Vaccination in Bombay 1924-1928 - 1924-1928
Year: 1924
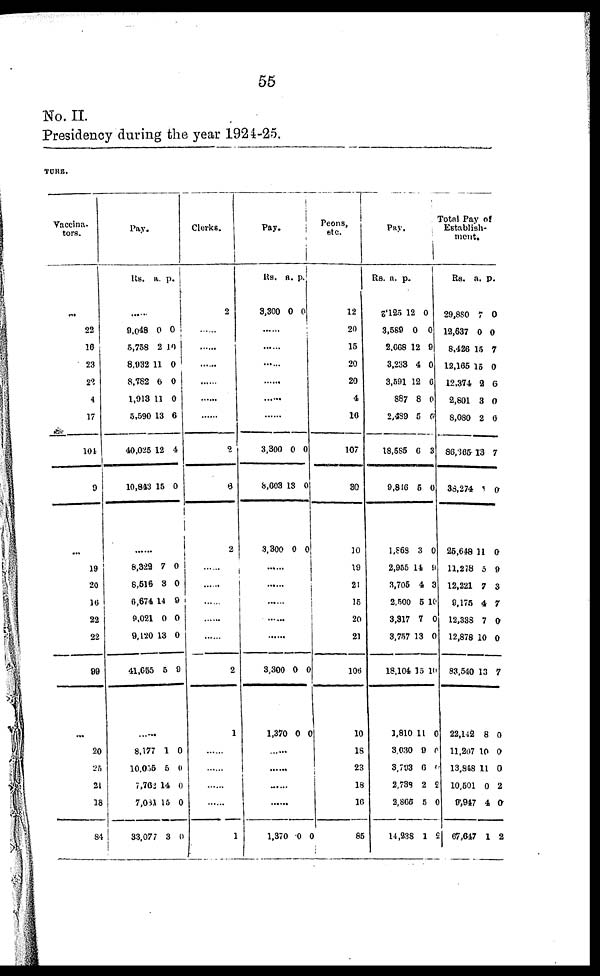
55
No. II.
Presidency during the year 1924-25.
TURE.
Vaccina¬
tors.
...
22
16
23
22
4
17
104
9
...
19
20
16
22
22
99
......
20
25
21
18
84
Pay.
Rs. a. p.
......
9,048
5,758
8,932
8,782
1,913
5,590
40,025
10,843
0
2
11
6
11
13
12
15
0
10
0
0
0
6
4
0
......
8,322
8,516
0,674
9,021
9,120
41,655
7
3
14
0
13
5
0
0
9
0
0
9
......
8,177
10,055
7,762
7,081
33,077
1
65
14
15
3
0
0
0
0
0
Clerks.
2
......
......
......
......
......
......
2
6
2
......
......
......
......
......
2
1
......
......
......
......
1
Pay.
Rs.
3,300
a.
0
p.
0
......
......
......
......
......
......
3,300
8,603
3,300
0
13
0
0
0
0
......
......
......
......
......
3,300
1,370
0
0
0
0
......
......
......
......
1,370 0
0
Peons,
etc.
12
20
15
20
20
4
16
107
30
10
19
21
15
20
21
106
10
18
23
18
16
85
Pay.
Rs.
2,125
3,589
2,668
3,233
3,591
887
2,439
18,586
9,816
1,868
2,955
3,705
2,500
3,317
3,757
18,104
1,810
3,030
3,793
2,738
2,865
14,238
a.
12
0
12
4
12
8
5
6
5
3
14
4
5
7
13
15
11
9
6
2
5
1
p.
0
0
9
0
6
0
6
3
0
0
9
3
10
0
0
10
0
0
0
2
0
2
Total Pay of
Establish¬
ment.
Rs.
29,880
12,637
8,426
12,165
12,374
2,801
8,080
86,365
38,274
25,648
11,278
12,221
9,175
12,338
12,878
83,540
22,142
11,207
13,848
10,501
9,947
67,647
a.
7
0
15
12
2
3
2
13
1
11
5
7
4
7
10
13
8
10
11
0
4
1
p.
0
0
7
0
6
0
6
7
0
0
9
3
7
0
0
7
0
0
0
2
0
2